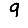
Digit: 9